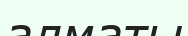
алматы